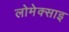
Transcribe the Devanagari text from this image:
लोमेक्साइ